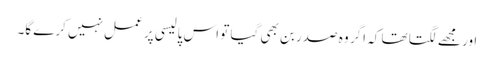
اور مجھے لگتا تھا کہ اگر وہ صدر بن بھی گیا تو اس پالیسی پر عمل نہیں کرے گا۔